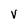
Character: v